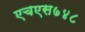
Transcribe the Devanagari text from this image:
एचएस७४८